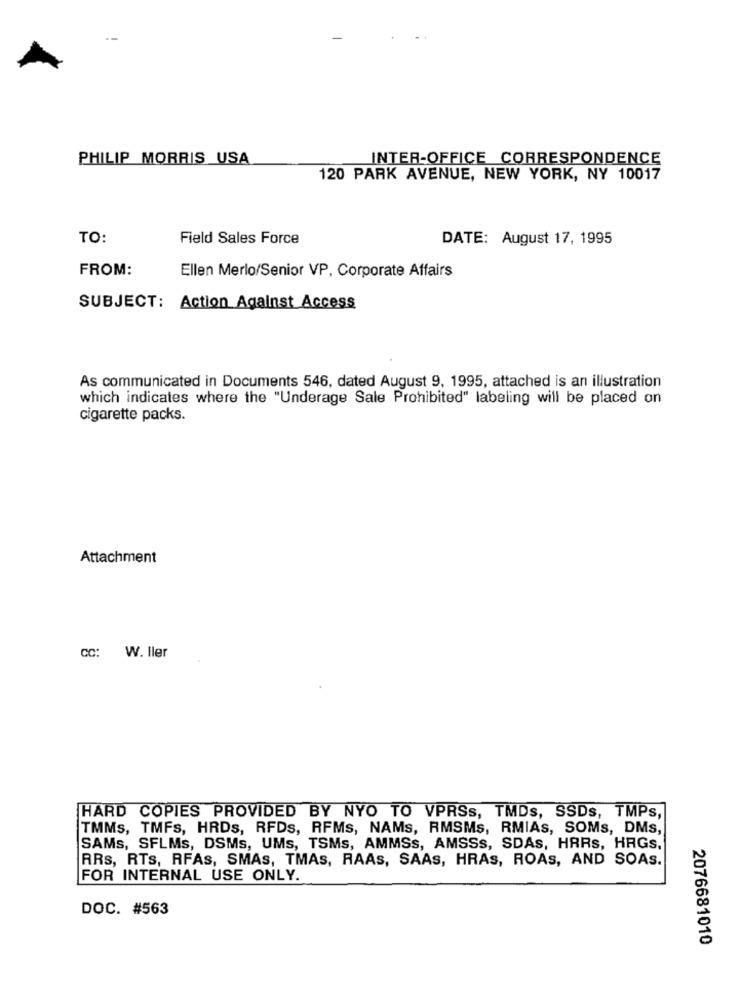
PHILIP MORRIS USA
INTER-OFFICE CORRESPONDENCE
120 PARK AVENUE, NEW YORK, NY 10017
TO:
Field Sales Force
DATE: August 17, 1995
FROM:
Ellen Merlo/Senior VP, Corporate Affairs
SUBJECT: Action Against Access
As communicated in Documents 546, dated August 9, 1995, attached is an illustration
which indicates where the "Underage Sale Prohibited" labeling will be placed on
cigarette packs.
Attachment
cc: W. Iler
HARD COPIES PROVIDED BY NYO TO VPRSs, TMDs, SSDs, TMPs,
TMMs, TMFs, HRDs, RFDs, RFMs, NAMs, RMSMs, RMIAs, SOMs, DMS,
SAMs, SFLMs, DSMs, UMs, TSMs, AMMSs, AMSSs, SDAs, HARs, HRGs,
RRs, RTS, RFAs, SMAs, TMAs, RAAS, SAAS, HRAS, ROAS, AND SOAS.
FOR INTERNAL USE ONLY.
DOC. #563
2076681010